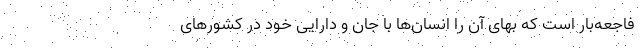
فاجعه‌بار است که بهای آن را انسان‌ها با جان و دارایی خود در کشورهای